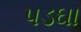
પડઘા